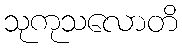
သုကုသလောတိ